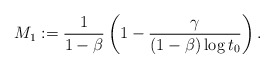
\begin{align*}M_1 := \frac{1}{1-\beta}\left(1 - \frac{\gamma}{(1-\beta) \log t_0 }\right).\end{align*}